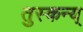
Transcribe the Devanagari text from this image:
तुस्कन्य्